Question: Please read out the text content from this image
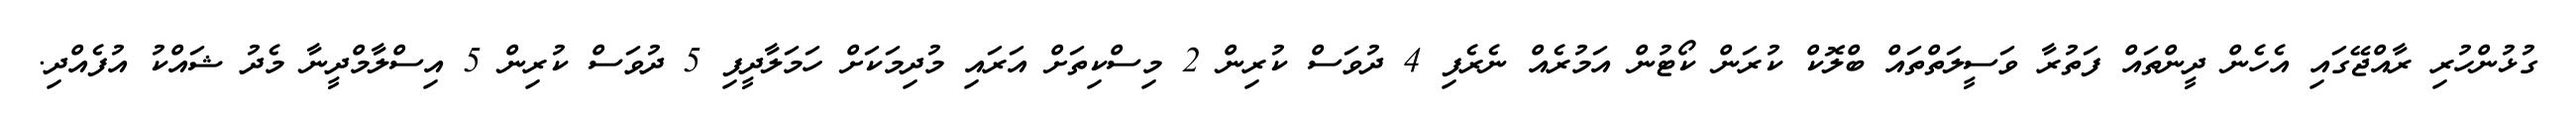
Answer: ގުޅުންހުރި ރާއްޖޭގައި އެހެން ދީންތައް ފަތުރާ ވަސީލަތްތައް ބްލޮކް ކުރަން ކޯޓުން އަމުރެއް ނެރެފި 4 ދުވަސް ކުރިން 2 މިސްކިތަށް އަރައި މުދިމަކަށް ހަމަލާދީފި 5 ދުވަސް ކުރިން 5 އިސްލާމްދީނާ މެދު ޝައްކު އުފެއްދި.